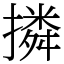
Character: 撛